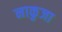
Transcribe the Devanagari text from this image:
नाकुजा